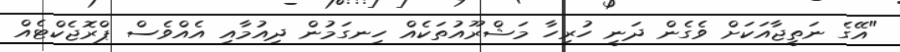
"އޭގެ ނަތީޖާއަކަށް ވެގެން ދަނީ ހުރިހާ މަޝްރޫއުތަކެއް ހިނގަމުން ދިއުމާއި އެއްވެސް ޕްރޮޖެކްޓެއް